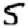
Digit: 5